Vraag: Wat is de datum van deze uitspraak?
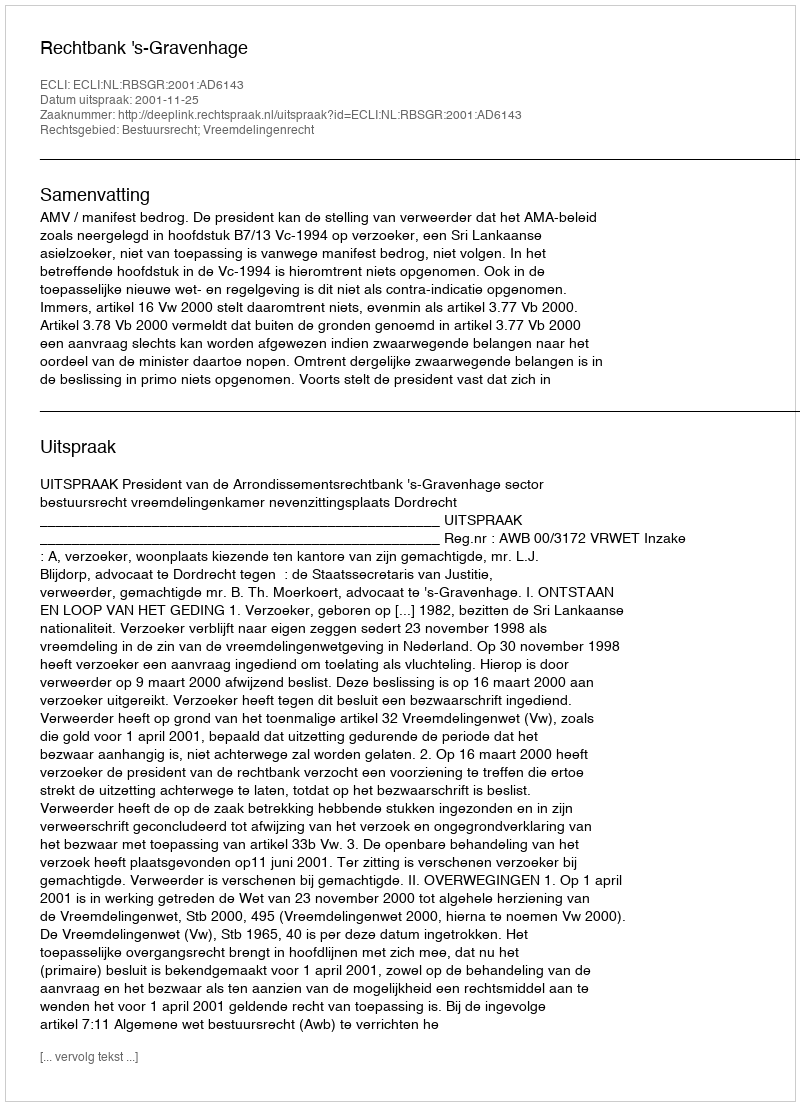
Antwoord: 2001-11-25